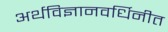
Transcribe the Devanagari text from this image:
अर्थविज्ञानवर्धिनीत